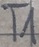
Text: T1